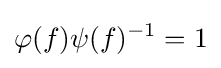
\varphi (f)\psi (f)^{-1}=1